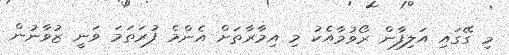
މި ގޭގައި އަލިފާން ރޯވުމާއެކު މި އިމާރާތަށް އެންމެ ފުރަތަމަ ވަނީ ޒުވާނުން